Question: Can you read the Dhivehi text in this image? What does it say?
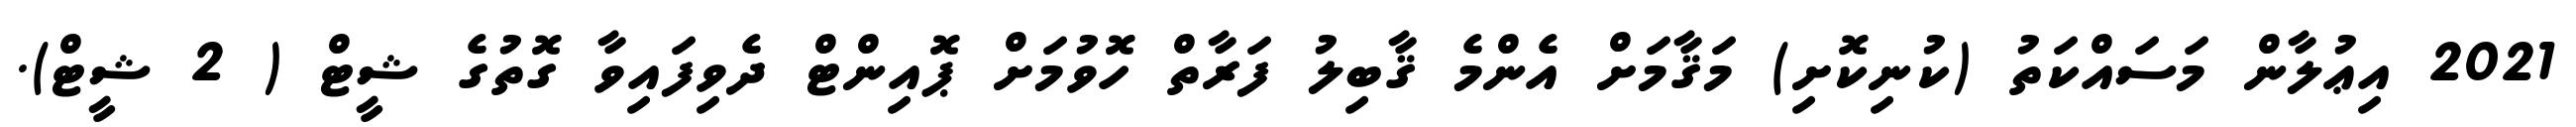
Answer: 2021 އިޢުލާން މަސައްކަތު (ކުނިކޮށި) މަޤާމަށް އެންމެ ޤާބިލު ފަރާތް ހޮވުމަށް ޕޮއިންޓް ދެވިފައިވާ ގޮތުގެ ޝީޓް ( 2 ޝީޓް).